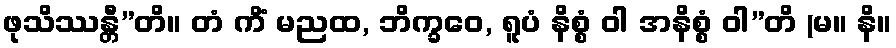
ဖုသိဿန္တီ”တိ။ တံ ကိံ မညထ, ဘိက္ခဝေ, ရူပံ နိစ္စံ ဝါ အနိစ္စံ ဝါ”တိ (မ။ နိ။